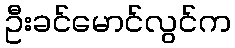
ဦးခင်မောင်လွင်က